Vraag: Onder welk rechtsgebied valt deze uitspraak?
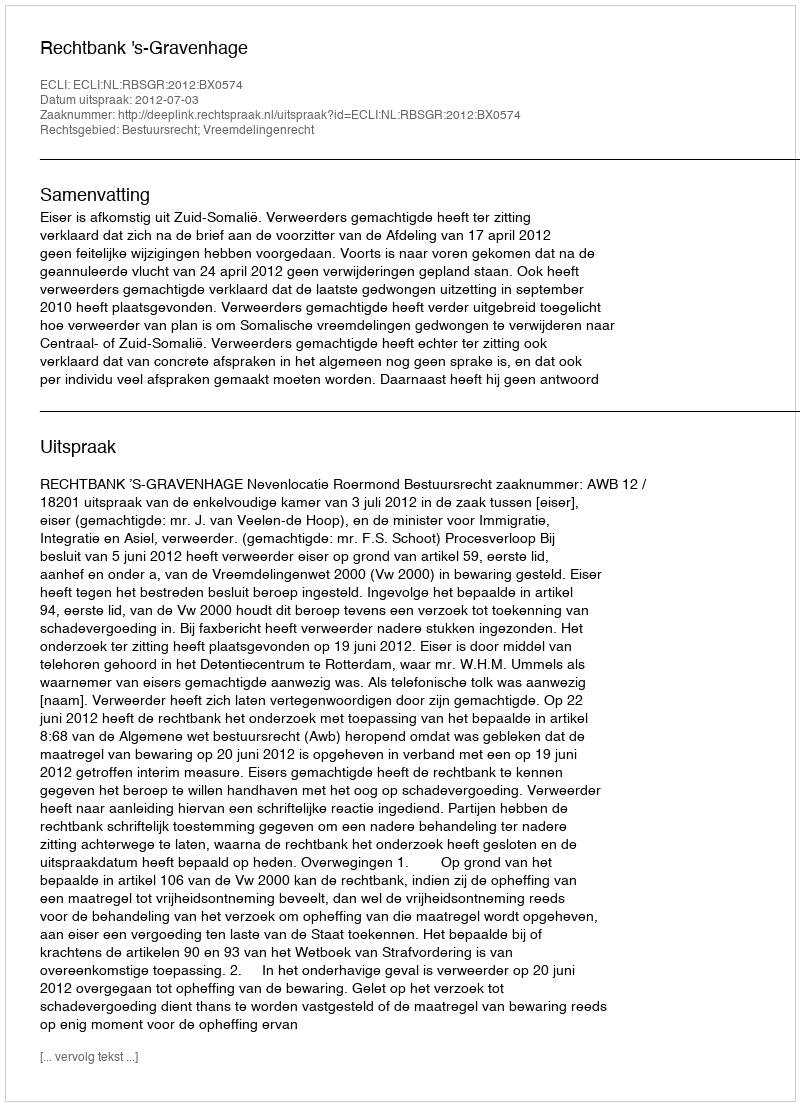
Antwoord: Bestuursrecht; Vreemdelingenrecht